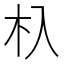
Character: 杁